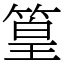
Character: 篁